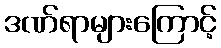
ဒဏ်ရာများကြောင့်